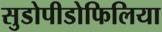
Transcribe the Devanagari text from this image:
सुडोपीडोफिलिया